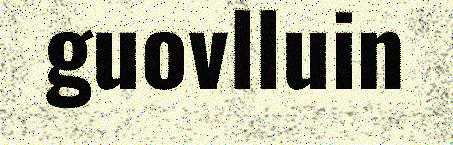
guovlluin